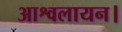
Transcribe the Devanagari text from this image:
आश्वलायन।